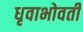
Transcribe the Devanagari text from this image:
धृवाभोवती